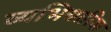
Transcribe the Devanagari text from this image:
व्यभिचारिक